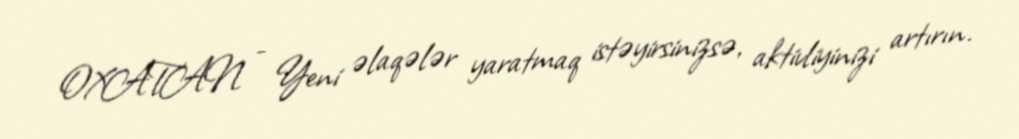
OXATAN - Yeni əlaqələr yaratmaq istəyirsinizsə, aktivliyinizi artırın.